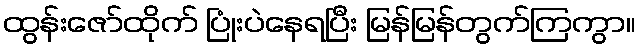
ထွန်းဇော်ထိုက် ပြုံးပဲနေရပြီး မြန်မြန်တွက်ကြကွာ။